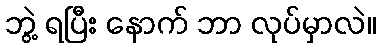
ဘွဲ့ ရပြီး နောက် ဘာ လုပ်မှာလဲ။